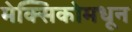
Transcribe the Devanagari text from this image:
मेक्सिकोमधून